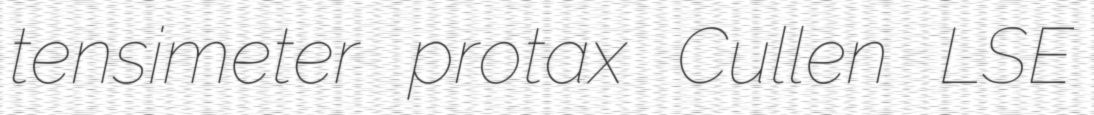
tensimeter protax Cullen LSE